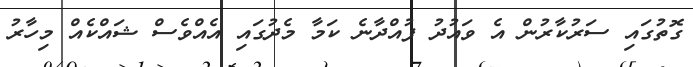
ގޮތުގައި ސަރުކާރުން އެ ވައުދު ފުއްދާނެ ކަމާ މެދުގައި އެއްވެސް ޝައްކެއް މިހާރު